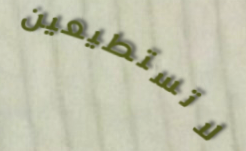
لاتستطيعين